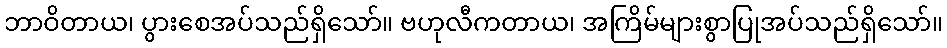
ဘာဝိတာယ၊ ပွားစေအပ်သည်ရှိသော်။ ဗဟုလီကတာယ၊ အကြိမ်များစွာပြုအပ်သည်ရှိသော်။